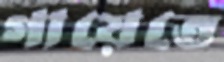
গায়েতে